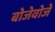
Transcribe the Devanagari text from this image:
बोजेवोजे